Scottish Education Department, 1936
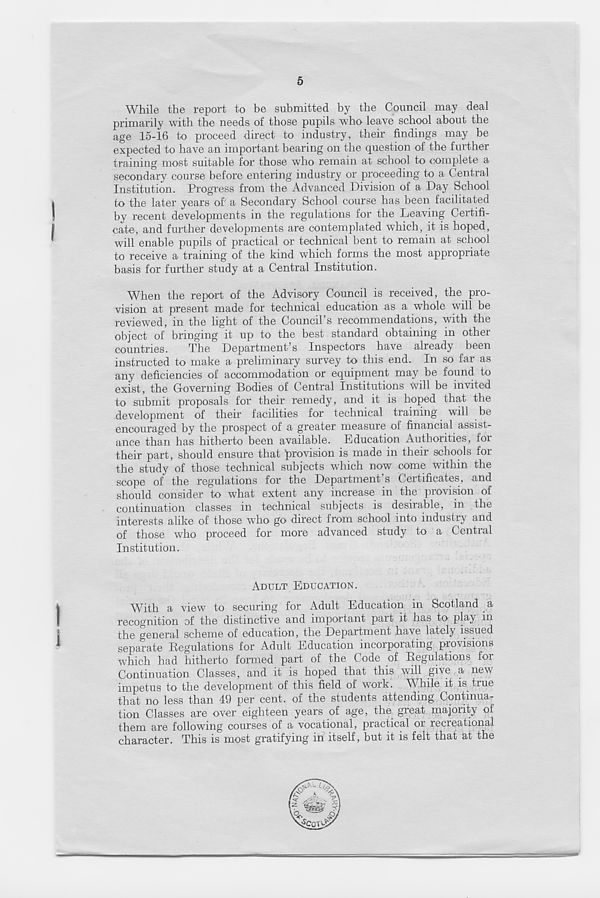
5
!
I
While the report to be submitted by the Council may deal
primarily with the needs of those pupils who leave school about the
age 15-16 to proceed direct to industry, their findings may be
expected to have an important bearing on the question of the further
training most suitable for those who remain at school to complete a
secondary course before entering industry or proceeding to a Central
Institution. Progress from the Advanced Division of a Day School
to the later years of' a Secondary School course has been facilitated
by recent developments in the regulations for the Leaving Certifi-
cate, and further developments are contemplated which, it is hoped,
will enable pupils of practical or technical bent to remain at school
to receive a training of the kind which forms the most appropriate
basis for further study at a Central Institution.
When the report of the Advisory Council is received, the pro-
vision at present made for technical education as a whole will be
reviewed, in the light of the Council’s recommendations, with the
object of bringing it up to the best standard obtaining in other
countries.
The Department’s Inspectors have already been
instructed to make a preliminary survey to this end. In so far as
any deficiencies of accommodation or equipment may be found to
exist, the Governing Bodies of Central Institutions will be invited
to submit proposals for their remedy, and it is hoped that the
development of their facilities for technical training will be
encouraged by the prospect of a greater measure of financial assist-
ance than has hitherto been available. Education Authorities, for
their part, should ensure that provision is made in their schools for
the study of those technical subjects which now come within the
scope of the regulations for the Department’s Certificates, and
should consider to what extent any increase in the provision of
continuation classes in technical subjects is desirable, in the
interests alike of those who go direct from school into industry and
of those who proceed for more advanced study to a Central
Institution.
ADULT EDUCATION.
With a view to securing for Adult Education in Scotland a
recognition of the distinctive and important part it has to play in
the general scheme of education, the Department have lately issued
separate Regulations for Adult Education incorporating provisions
which had hitherto formed part of the Code of Regulations for
Continuation Classes, and it is hoped that this will give a new
impetus to the development of this field of work. While it is true
that no less than 49 per cent, of the students attending Continua-
tion Classes are over eighteen years of age, the great majority of
them are following courses of a vocational, practical or recreational
character. This is most gratifying in itself, but it is felt that at the
!
I